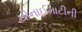
ચીનાઈમાટીની